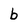
Character: b